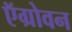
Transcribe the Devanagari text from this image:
ऍग्रोवन